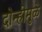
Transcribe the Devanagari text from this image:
दोन्हीमुळे